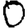
Digit: 0